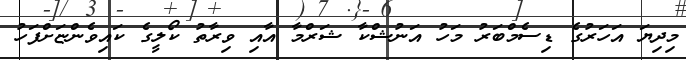
މިދިޔަ އަހަަރުގެ ޑިސެމްބަރު މަހު އަނުޝްކާ ޝަރްމާ އާއި ވިރާތު ކޯލީގެ ކައިވެންޏަށްފަހު